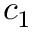
c _ { 1 }